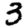
Digit: 3